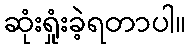
ဆုံးရှုံးခဲ့ရတာပါ။